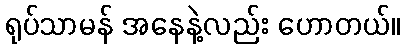
ရုပ်သာမန် အနေနဲ့လည်း ဟောတယ်။